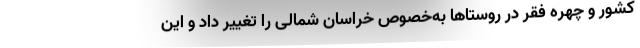
کشور و چهره فقر در روستاها به‌خصوص خراسان شمالی را تغییر داد و این